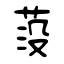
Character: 莈